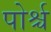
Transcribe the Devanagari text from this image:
पोर्श्च